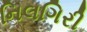
નિલગિરી